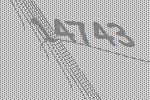
14743